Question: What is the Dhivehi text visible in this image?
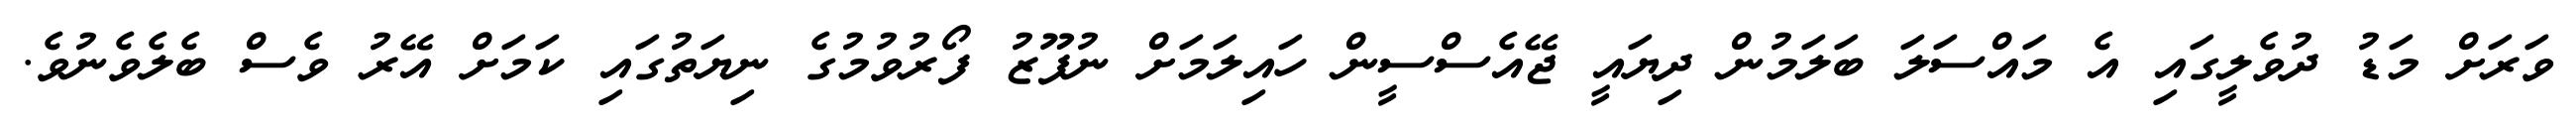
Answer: ވަރަށް މަޑު ދުވެލީގައި އެ މައްސަލަ ބަލަމުން ދިޔައީ ޖޭއެސްސީން ހައިލަމަށް ނުފޫޒު ފޯރުވުމުގެ ނިޔަތުގައި ކަމަށް އޭރު ވެސް ބެލެވެނުވެ.